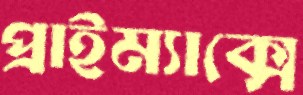
প্রাইম্যাক্সে